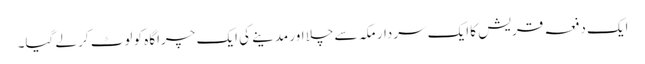
ایک دفعہ قریش کا ایک سردار مکہ سے چلا اور مدینے کی ایک چراگاہ کو لوٹ کر لے گیا۔